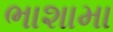
ભાશામા